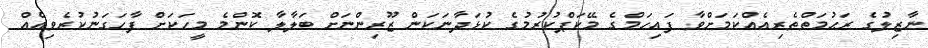
ނާޒިލުގެ ރަޙުމަތްތެރިއެއްކަމަށްވާ ފައިހަމްގެ މޭކަޕްކުރުމުގެ ކުޅަދާނަކަން ޒޫރިންނަށް ބަލާލާ ކޮންމެ މީހަކަށް ފާހަގަނުކުރެވިއެއް